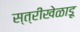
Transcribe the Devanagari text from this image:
स्त्रीखेळाडू